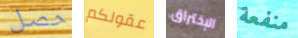
حصل عقولكم الإختراق منفعة